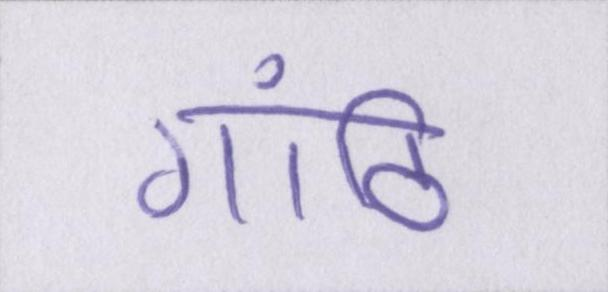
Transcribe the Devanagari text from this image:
गांठि